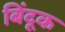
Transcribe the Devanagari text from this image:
बिंदूक